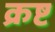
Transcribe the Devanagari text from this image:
क्रष्ट